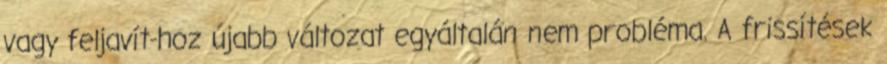
vagy feljavít-hoz újabb változat egyáltalán nem probléma. A frissítések